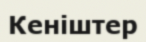
Кеніштер